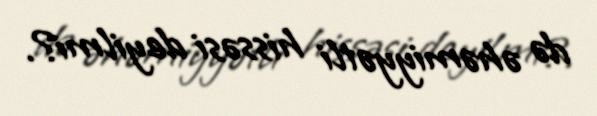
də əhəmiyyətli hissəsi deyilmi?.